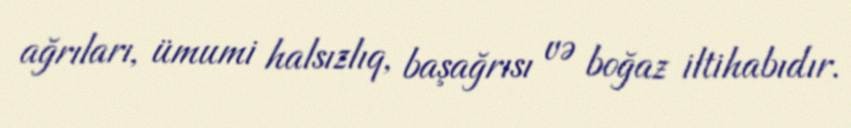
ağrıları, ümumi halsızlıq, başağrısı və boğaz iltihabıdır.